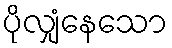
ပိုလျှံနေသော